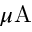
\mu \mathrm { A }